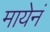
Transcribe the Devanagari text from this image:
मायेनं